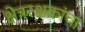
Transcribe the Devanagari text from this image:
क्षेत्ररक्षकांचा